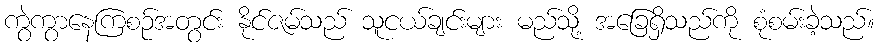
ကွဲကွာနေကြစဉ်အတွင်း နိုင်ဇမ်သည် သူငယ်ချင်းများ မည်သို့ အခြေရှိသည်ကို စုံစမ်းခဲ့သည်။